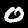
Label: 0